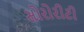
સોરોરીટી